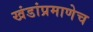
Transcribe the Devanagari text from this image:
खंडांप्रमाणेच